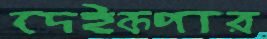
দেইকপার